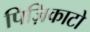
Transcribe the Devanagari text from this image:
पिज़िकाटो